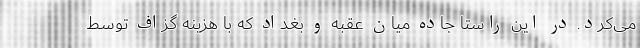
می‌کرد. در این راستا جاده میان عقبه و بغداد که با هزینه گزاف توسط